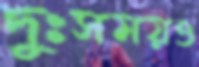
দুঃসময়ও